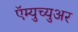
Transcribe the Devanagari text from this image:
ऍम्युच्युअर